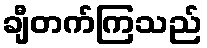
ချီတက်ကြသည်